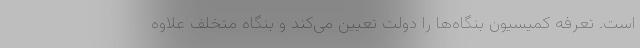
است. تعرفه کمیسیون بنگاه‌ها را دولت تعیین می‌کند و بنگاه متخلف علاوه